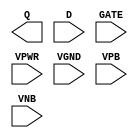
module sky130_fd_sc_lp__dlxtp (
    Q   ,
    D   ,
    GATE,
    VPWR,
    VGND,
    VPB ,
    VNB
);

    output Q   ;
    input  D   ;
    input  GATE;
    input  VPWR;
    input  VGND;
    input  VPB ;
    input  VNB ;
endmodule